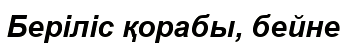
Беріліс қорабы, бейне